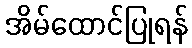
အိမ်ထောင်ပြုရန်